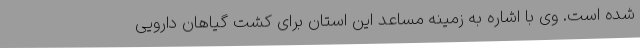
شده است. وی با اشاره به زمینه مساعد این استان برای کشت گیاهان دارویی